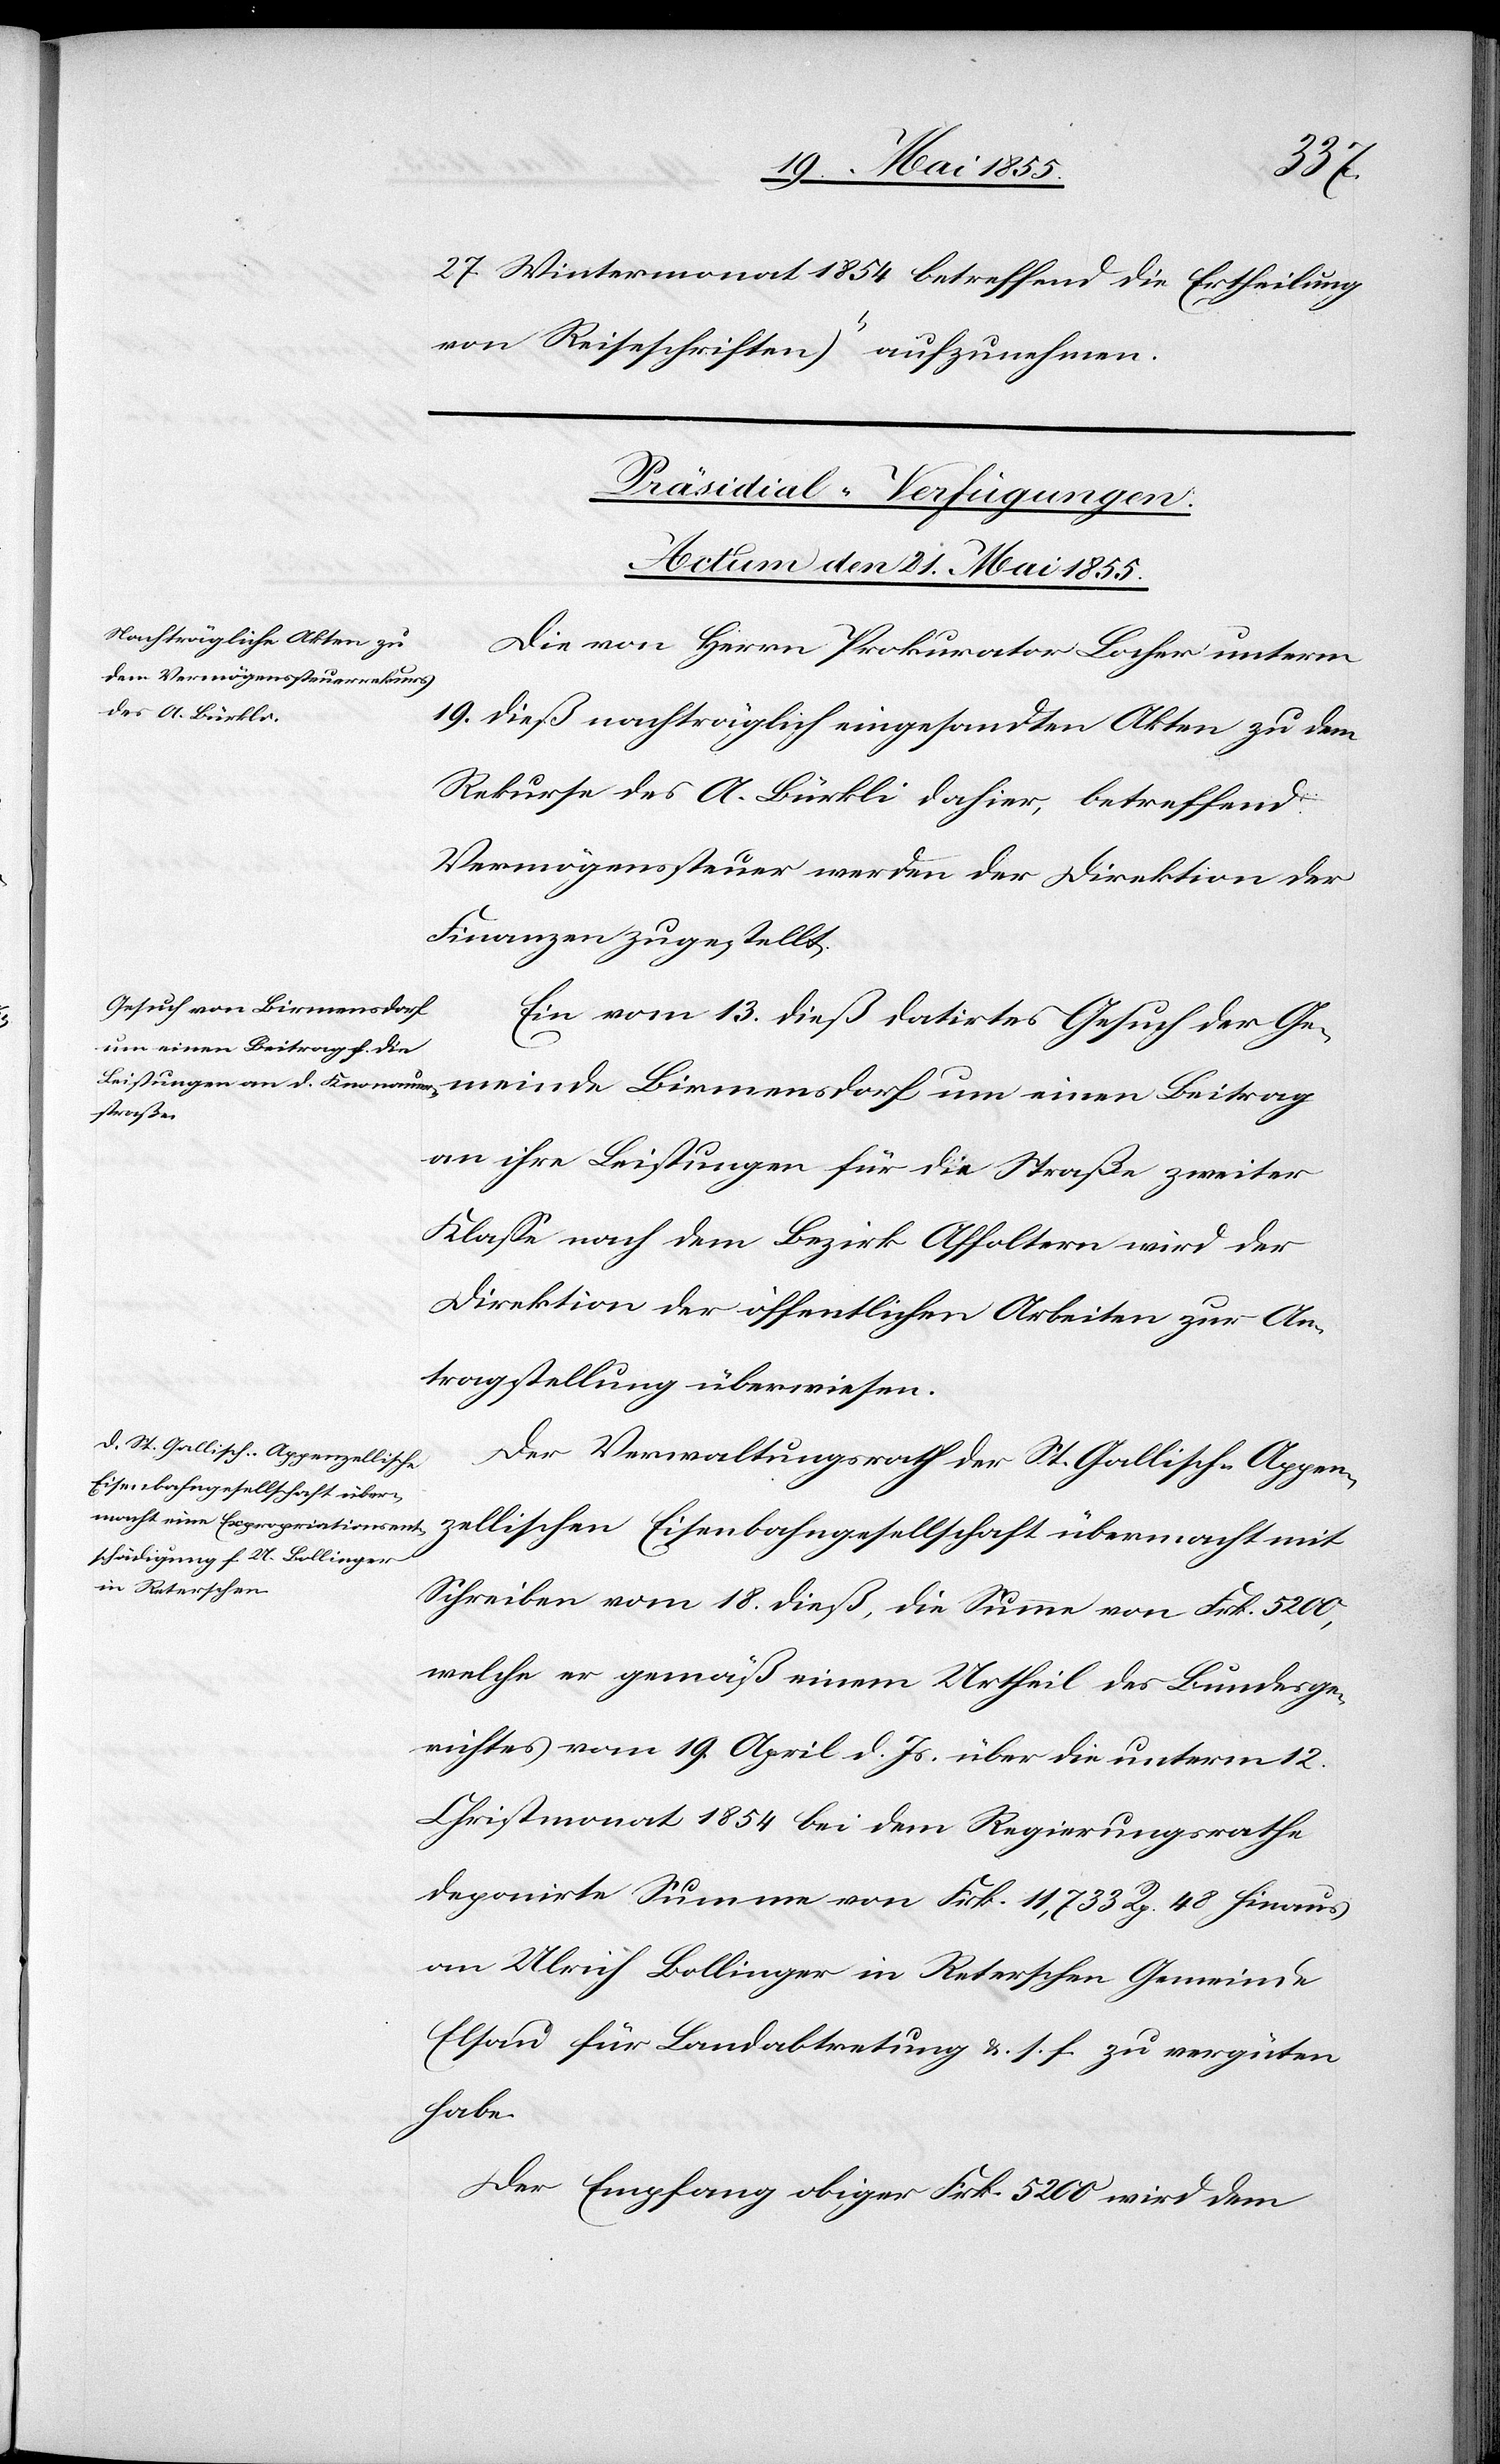
meinde
27. Wintermonat 1854 betreffend die Ertheilung
von Reiseschriften)“ aufzunehmen.
[Präsidial-Verfügungen.
Actum den 21. Mai 1855.]
Die von Herrn Prokurator Locher unterm
19. dieß nachträglich eingesandten Akten zu dem
Rekurse des A. Bürkli dahier, betreffend
Vermögenssteuer werden der Direktion der
Finanzen zugestellt.
Ein vom 13. dieß datirtes Gesuch der Ge¬
an ihre Leistungen für die Straße zweiter
Klasse nach dem Bezirk Affoltern wird der
Direktion der öffentlichen Arbeiten zur An¬
tragstellung überwiesen.
Der Verwaltungsrath der St. Gallisch-Appen¬
zellischen Eisenbahngesellschaft übermacht mit
Schreiben vom 18. dieß, die Summe von Frk. 5200,
welche er gemäß einem Urtheil des Bundesge¬
richtes vom 19. April d. Js. über die unterm 12.
Christmonat 1854 bei dem Regierungsrathe
deponirte Summe von Frk. 11,733 Rp. 48 hinaus
an Ulrich Bollinger in Reterschen Gemeinde
Elsau für Landabtretung &. s. f. zu vergüten
habe.
Der Empfang obiger Frk. 5200 wird dem